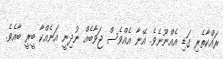
ރައްކާތެރި ގަޑި އެއްނޫނެވެ. އޭނާ އެއްވެސް ޖަވާބެއް ނުދިނީ އަނެއްކާ ބީރީ ބާއެވެ.